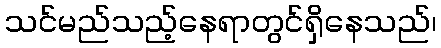
သင်မည်သည့်နေရာတွင်ရှိနေသည်၊